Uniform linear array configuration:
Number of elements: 64
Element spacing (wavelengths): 1
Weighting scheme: binomial
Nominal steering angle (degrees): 15
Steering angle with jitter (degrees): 15.656
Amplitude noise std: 0.05
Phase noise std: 0.05

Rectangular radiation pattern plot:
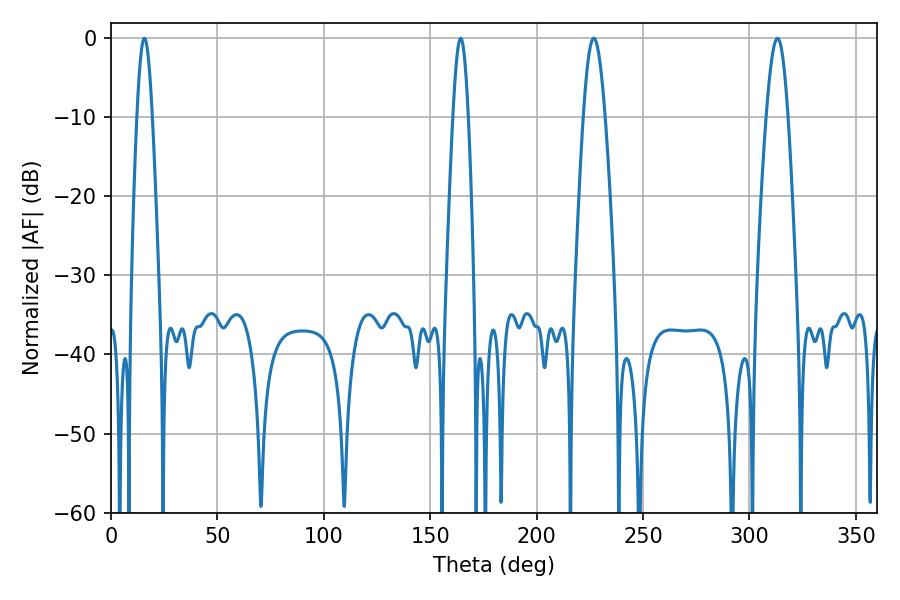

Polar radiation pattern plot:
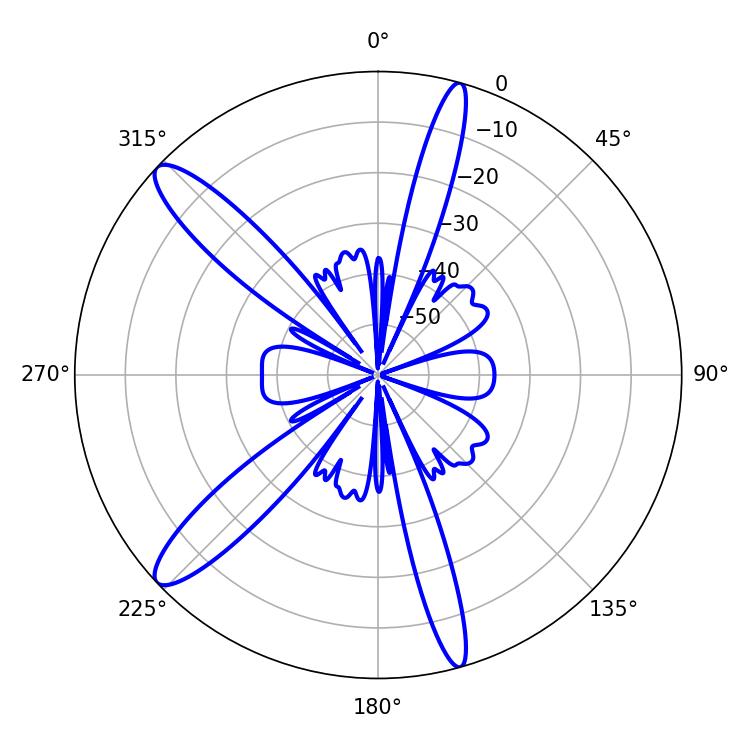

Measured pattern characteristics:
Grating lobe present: TRUE
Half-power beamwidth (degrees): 5.58
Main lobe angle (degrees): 226.8